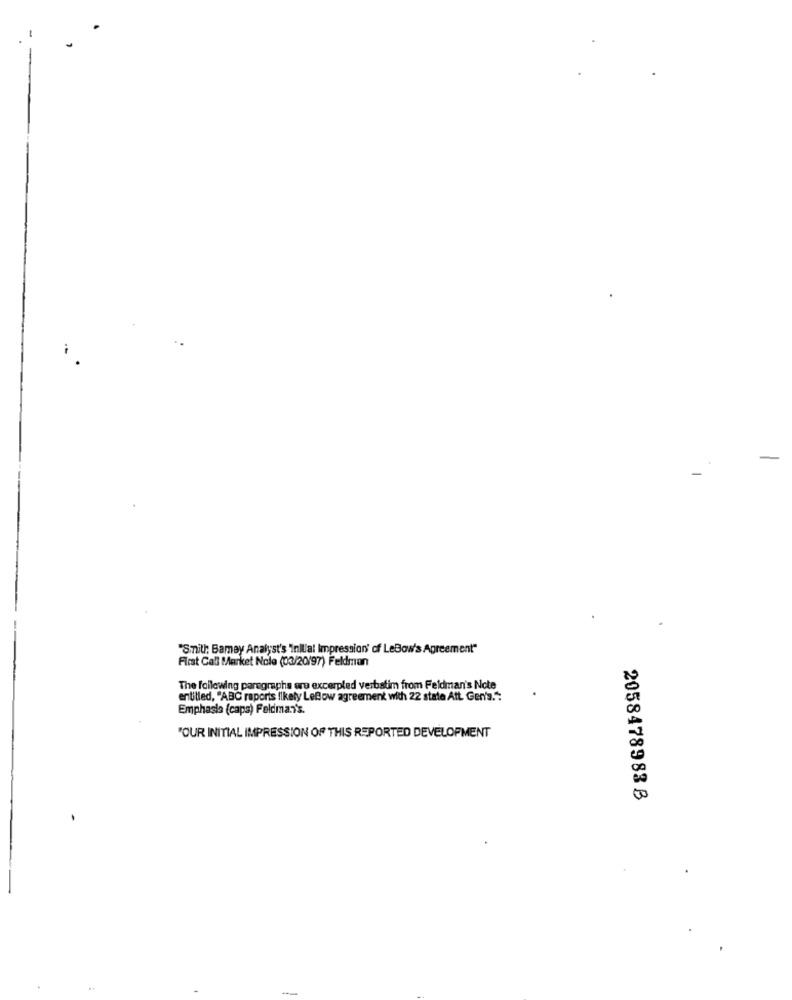
"Smith Bamay Analyst's 'inWal Impression' of LeBow's Agreement"
Flest Call Market Nole (03/20/97) Feldman
The following paregraphs ere excerpted verbatim from Feldman's Note
entilled, "ABC raporis likely LeBow agreement with 22 state Att. Gen's.":
Emphasis (capa) Feldman's.
"OUR INITIAL IMPRESSION OF THIS REPORTED DEVELOPMENT
2058478983 B